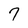
Character: 7